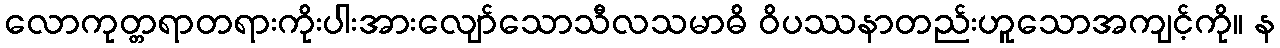
လောကုတ္တရာတရားကိုးပါးအားလျော်သောသီလသမာဓိ ဝိပဿနာတည်းဟူသောအကျင့်ကို။ န